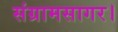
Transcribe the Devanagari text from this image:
संग्रामसागर।